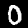
Label: 0